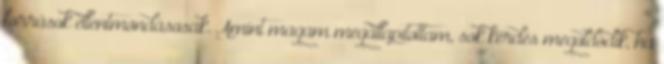
források ellentmondásosak. Amint magam megállapítottam, sok kérdés megoldódik, ha